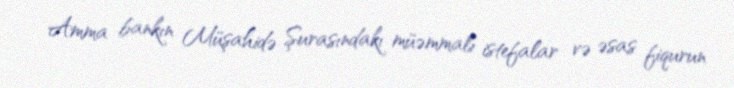
Amma bankın Müşahidə Şurasındakı müəmmalı istefalar və əsas fiqurun